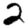
Digit: 2